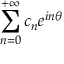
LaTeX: \sum _ { n = 0 } ^ { + \infty } c _ { n } e ^ { i n \theta }